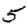
Digit: 5